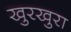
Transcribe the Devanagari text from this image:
खुरखुरा